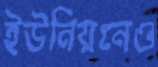
ইউনিয়নেও